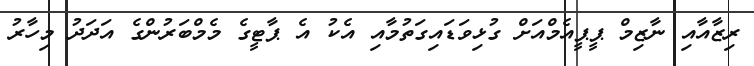
ރިޒާއާއި ނާޒިމް ޕީޕީއެމްއަށް ގުޅިވަޑައިގަތުމާއި އެކު އެ ޕާޓީގެ މެމްބަރުންގެ އަދަދު މިހާރު